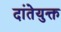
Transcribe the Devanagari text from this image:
दांतेयुक्त